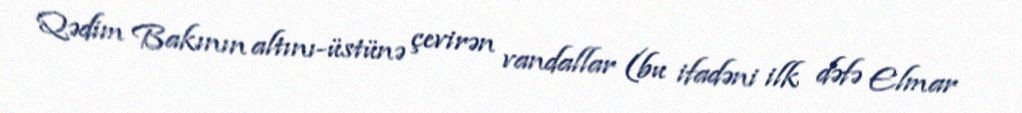
Qədim Bakının altını-üstünə çevirən vandallar (bu ifadəni ilk dəfə Elmar